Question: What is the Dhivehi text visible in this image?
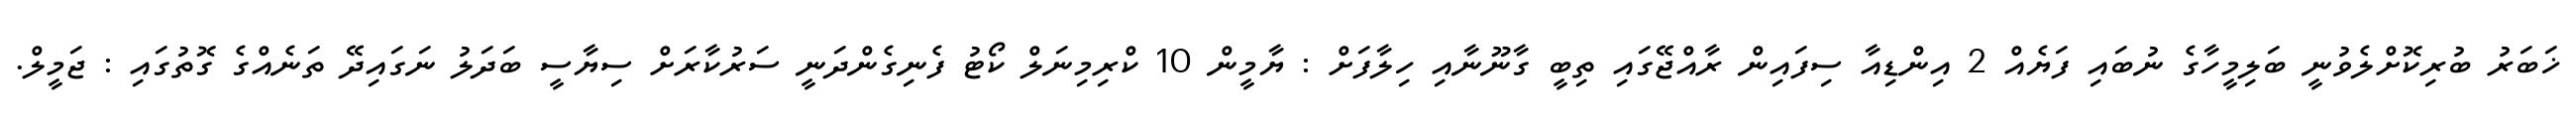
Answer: ޚަބަރު ބުރިކޮށްލެވުނީ ބަލިމީހާގެ ނުބައި ފަޔެއް 2 އިންޑިއާ ސިފައިން ރާއްޖޭގައި ތިބީ ގާނޫނާއި ހިލާފަށް : ޔާމީން 10 ކްރިމިނަލް ކޯޓު ފެނިގެންދަނީ ސަރުކާރަށް ސިޔާސީ ބަދަލު ނަގައިދޭ ތަނެއްގެ ގޮތުގައި : ޖަމީލް.